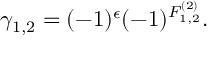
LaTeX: \gamma _ { 1 , 2 } = ( - 1 ) ^ { \epsilon } ( - 1 ) ^ { F _ { 1 , 2 } ^ { ( 2 ) } } .